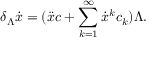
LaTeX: \delta _ { \Lambda } \dot { x } = ( \ddot { x } c + \sum _ { k = 1 } ^ { \infty } \dot { x } ^ { k } c _ { k } ) \Lambda .